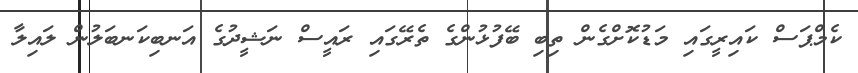
ކެމްޕަސް ކައިރީގައި މަޑުކޮށްގެން ތިބި ބޭފުޅުންގެ ތެރޭގައި ރައީސް ނަޝީދުގެ އަނބިކަނބަލުން ލައިލާ